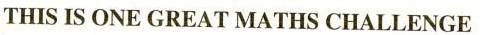
THIS IS ONE GREAT MATHS CHALLENGE